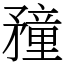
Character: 䂌